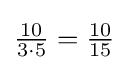
{\tfrac {10}{3\cdot 5}}={\tfrac {10}{15}}